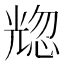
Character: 𰃒